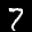
Label: 7